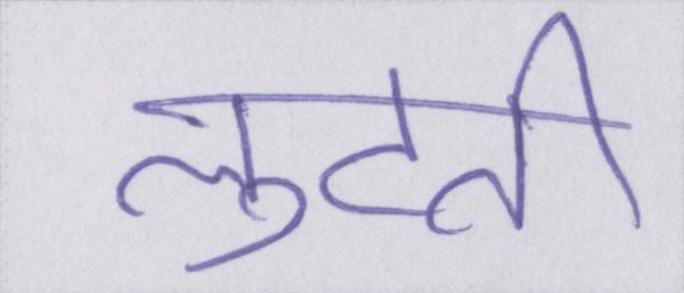
लुटती